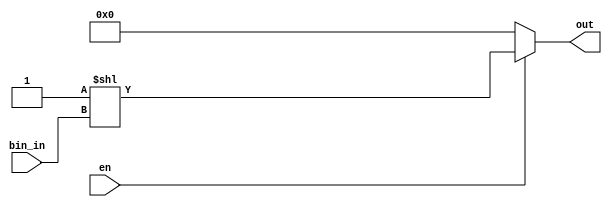
module decoder (bin_in, en, out);
parameter DIM = 8;
input [DIM-1:0] bin_in;
input en;
output [2**DIM-1:0] out;

assign out = (en) ? (1'b1 << bin_in) : {DIM{1'b0}};

endmodule